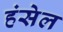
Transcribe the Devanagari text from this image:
हंसेल